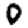
Digit: 0